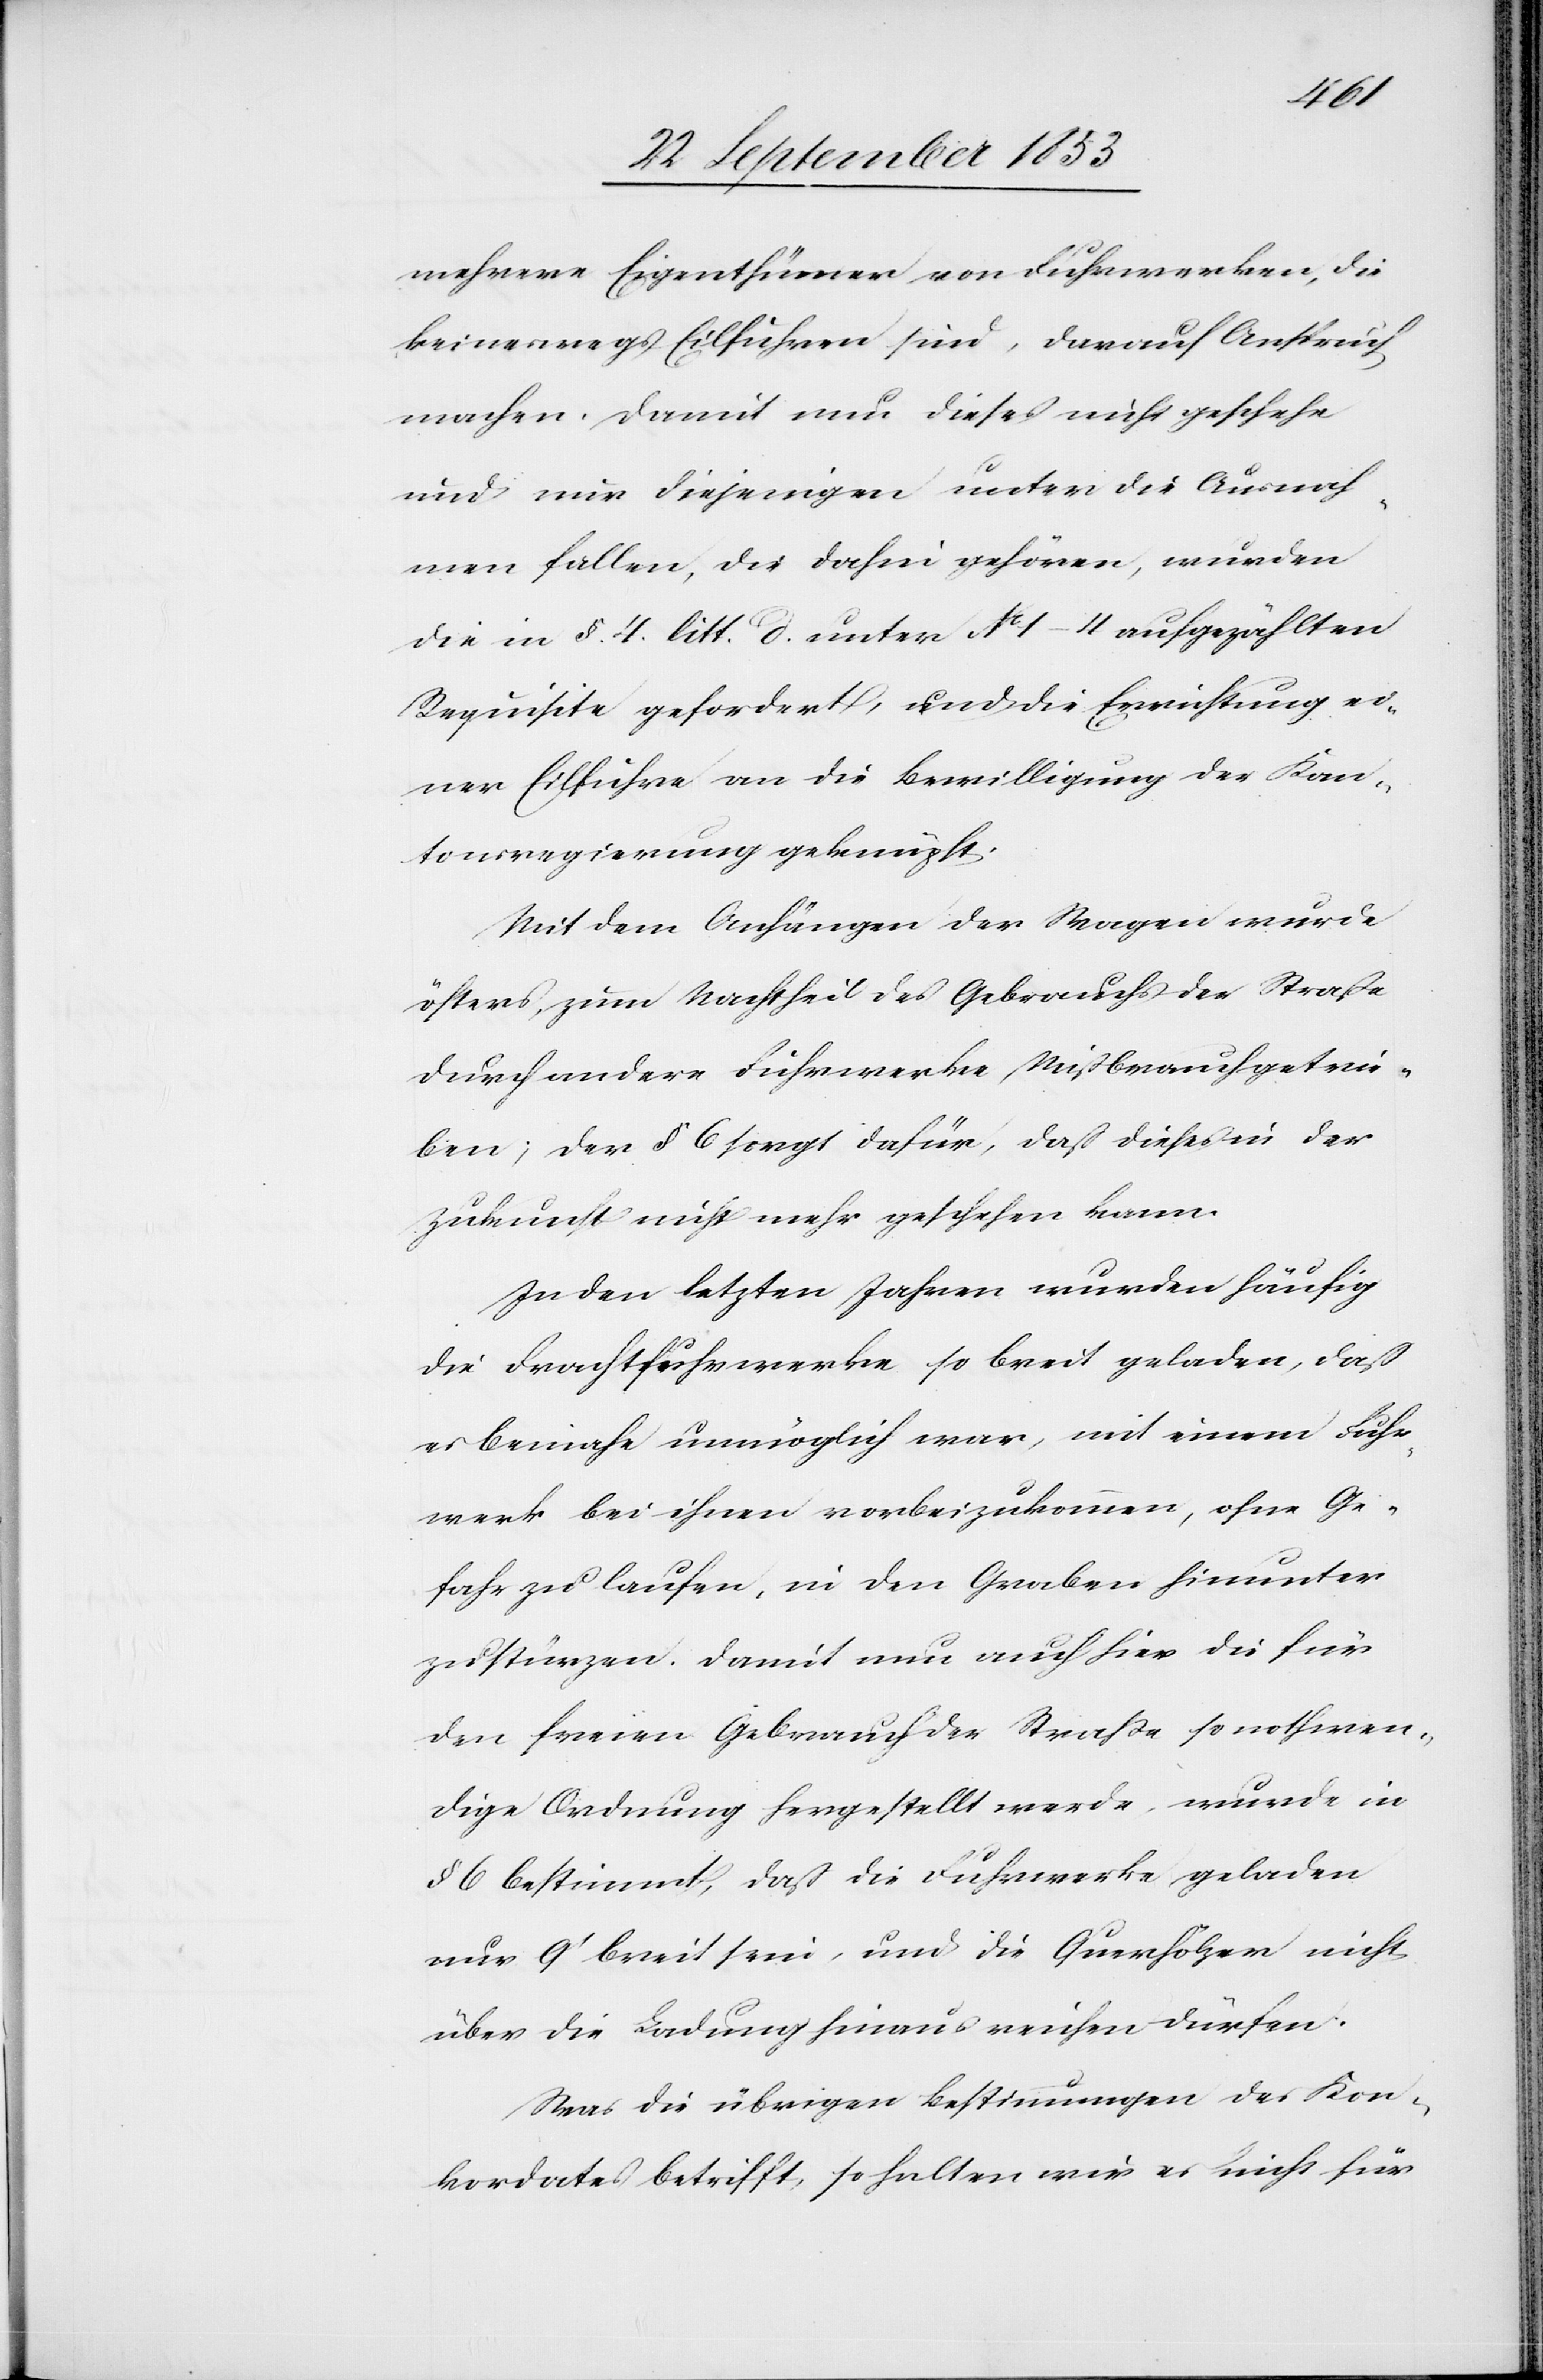
mehrere Eigenthümer von Fuhrwerken, die
keineswegs Eilfuhren sind, darauf Anspruch
machen. Damit nun dieses nicht geschehe
und nur diejenigen unter die Ausnah¬
men fallen, die dahin gehören, wurden
die in § 4 litt. d. unter N° 1–4 aufgezählten
Requisite gefordert, und die Errichtung ei¬
ner Eilfuhre an die Bewilligung der Kan¬
tonsregierung geknüpft.
Mit den Anhängern der Wagen wurde
öfters, zum Vortheil des Gebrauchs der Straße
durch andere Fuhrwerke Mißbrauch getrie¬
ben; der § 6 sorgt dafür, daß dieses in der
In den letzten Jahren wurden häufig
die Frachtfuhrwerke so breit geladen, daß
es beinahe unmöglich war, mit einem Fuhr¬
werk bei ihnen vorbeizukommen, ohne Ge¬
fahr zu laufen, in den Graben hinunter
zu stürzen. Damit nun auch hier die für
den freien Gebrauch der Straße nothwen¬
dige Ordnung hergestellt werde, wurde in
§ 6 bestimmt, daß die Fuhrwerke geladen
nur 9‘ breit sein, und die Querhölzer nicht
über die Ladung hinaus reichen dürfen.
Was die übrigen Bestimmungen des Kon¬
kordates betrifft, so halten wir es nicht für